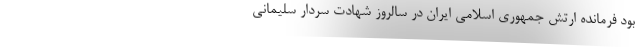
بود فرمانده ارتش جمهوری اسلامی ایران در سالروز شهادت سردار سلیمانی